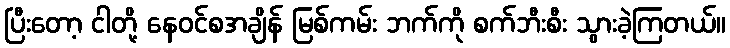
ပြီးတော့ ငါတို့ နေဝင်စအချိန် မြစ်ကမ်း ဘက်ကို စက်ဘီးစီး သွားခဲ့ကြတယ်။